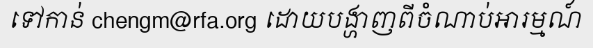
ទៅកាន់ chengm@rfa.org ដោយបង្ហាញពីចំណាប់អារម្មណ៍